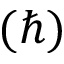
( \hbar )